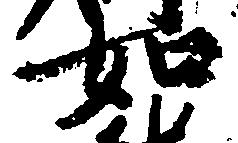
如